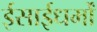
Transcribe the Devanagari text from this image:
ईसाईधर्मों